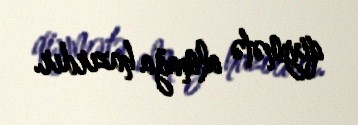
qiymətə almağa hazırdır.